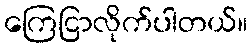
ကြေငြာလိုက်ပါတယ်။